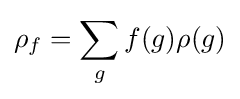
\rho _{f}=\sum _{g}f(g)\rho (g)